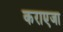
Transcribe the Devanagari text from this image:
कराएजा